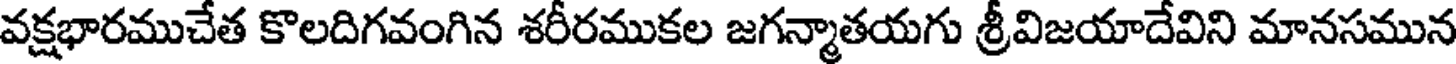
వక్షభారముచేత కొలదిగవంగిన శరీరముకల జగన్మాతయగు శ్రీవిజయాదేవిని మానసమున